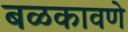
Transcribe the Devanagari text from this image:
बळकावणे